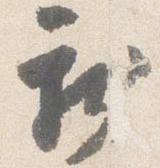
新